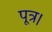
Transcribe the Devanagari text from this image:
पूत्र।